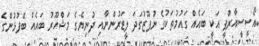
އޯސީސީއާރްޕީ އަކީ ބައެއް ގައުމުތަކުގެ ނުފޫޒުގަދަ ލީޑަރުންނާއި ދުނިޔޭގެ މަޝްހޫރު ބައެއް ބޭފުޅުންގެ